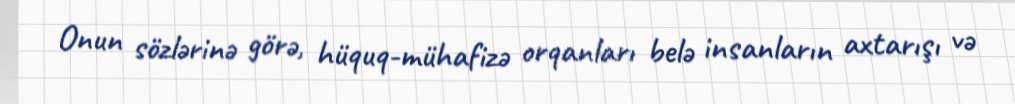
Onun sözlərinə görə, hüquq-mühafizə orqanları belə insanların axtarışı və